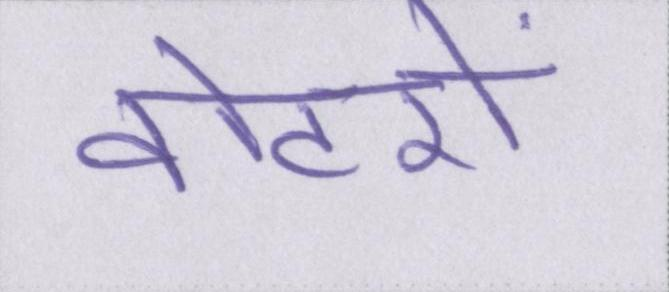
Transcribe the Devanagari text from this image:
वोटरों